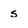
Character: s